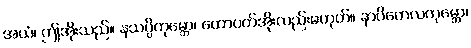
အယံ၊ ဤအိုးသည်။ နသပ္ပိကုမ္ဘော၊ ထောပတ်အိုးလည်းမဟုတ်။ နာပိတေလကုမ္ဘော၊